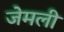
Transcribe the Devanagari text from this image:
जेमली